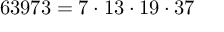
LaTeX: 6 3 9 7 3 = 7 \cdot 1 3 \cdot 1 9 \cdot 3 7